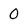
Character: 0